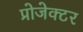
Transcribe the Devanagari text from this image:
प्रोजेक्‍टर